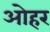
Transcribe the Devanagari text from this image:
ओहर